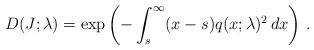
LaTeX: \begin{align*}D(J;\lambda) = \exp\left( - \int_s^\infty (x-s) q(x;\lambda)^2 \, dx\right) \, .\end{align*}